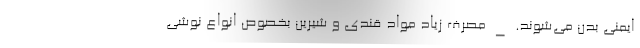
ایمنی بدن می‌شوند. _ مصرف زیاد مواد قندی و شیرین بخصوص انواع نوشی